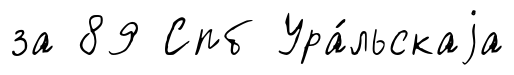
за 89 Спб Ура́льскаjа